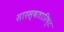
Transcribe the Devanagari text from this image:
सारस्वतारिष्ट